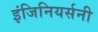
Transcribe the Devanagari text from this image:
इंजिनियर्सनी